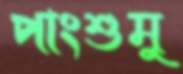
পাংশুমু